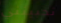
تحبينني